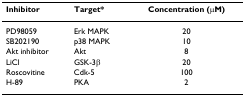
| Inhibitor | Target* | Concentration (μM) |
 | --- | --- | --- |
 | PD98059 | Erk MAPK | 20 |
 | SB202190 | p38 MAPK | 10 |
 | Akt inhibitor | Akt | 8 |
 | LiCl | GSK-3β | 20 |
 | Roscovitine | Cdk-5 | 100 |
 | H-89 | PKA | 2 |